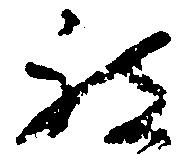
被